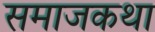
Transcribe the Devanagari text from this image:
समाजकथा